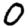
Digit: 0